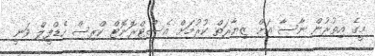
މީގެ އިތުރުން ނާސާ އަށް ޒިޔާރަތް ކުރުމަށް އެސްޓްރޮނޮޓް ކްރިސް ހެޑްފީލް ވަނީ